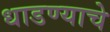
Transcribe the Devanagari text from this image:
धाडण्याचे